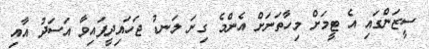
ސީޒަންގައި އެ ޓީމަށް މިހާތަނަށް އެންމެ ގިނަ ލަނޑު ޖަހައިދީފައިވާ އަސަދު އާއި